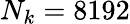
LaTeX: N_{k}=8192